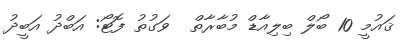
ޤައުމީ 10 ބޯލް ބިލިއާޑް މުބާރާތް  ވަގުތު ފޮޓޯ: އަބްދު އަބީދު